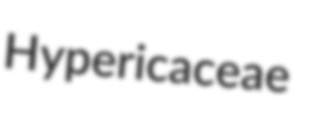
Hypericaceae